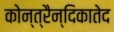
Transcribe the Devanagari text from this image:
कोन्त्रैन्दिकातेद